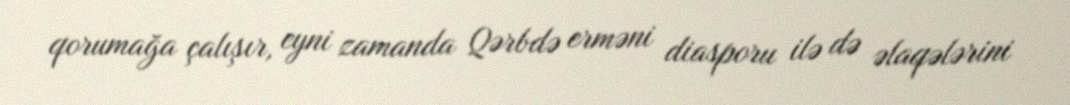
qorumağa çalışır, eyni zamanda Qərbdə erməni diasporu ilə də əlaqələrini